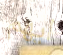
ايهم